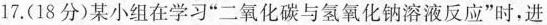
17.(18分)某小组在学习”二氧化碳与氢氧化钠溶液反应”时，进